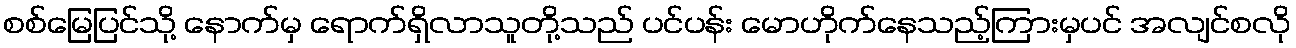
စစ်မြေပြင်သို့ နောက်မှ ရောက်ရှိလာသူတို့သည် ပင်ပန်း မောဟိုက်နေသည့်ကြားမှပင် အလျင်စလို